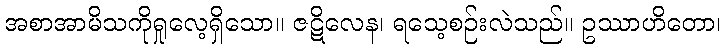
အစာအာမိသကိုရှုလေ့ရှိသော။ ဇဋိလေန၊ ရသေ့စဉ်းလဲသည်။ ဥဿာဟိတော၊